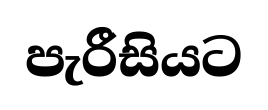
පැරීසියට